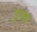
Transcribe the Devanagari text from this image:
डुगबा